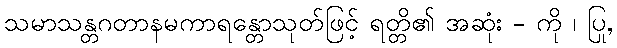
သမာသန္တဂတာနမကာရန္တောသုတ်ဖြင့် ရတ္တိ၏ အဆုံး - ကို ၊ ပြု,